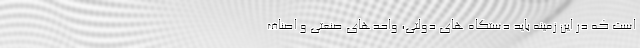
است که در این زمینه باید دستگاه های دولتی، واحدهای صنعتی و اصناف